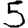
Digit: 5